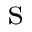
\mathrm { s }